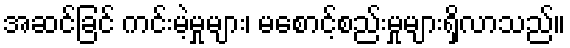
အဆင်ခြင် ကင်းမဲ့မှုများ၊ မစောင့်စည်းမှုများရှိလာသည်။